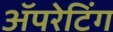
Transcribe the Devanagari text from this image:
ॲपरेटिंग